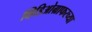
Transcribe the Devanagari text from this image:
व्हिडिओग्राफरच्या